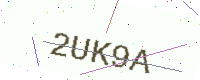
Text: 2UK9A